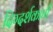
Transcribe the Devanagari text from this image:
दिग्दर्शकाची